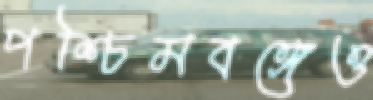
পশ্চিমবঙ্গেও